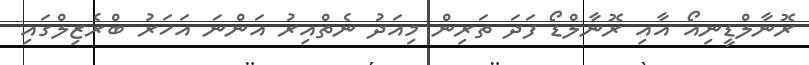
ރޮނާލްޑީނިއޯ އާއި ރޮނާލްޑޯ ފަދަ ތަރިން މިއަދު ނެތްއިރު އަންނަ އަހަރު ބްރެޒިލްގައި